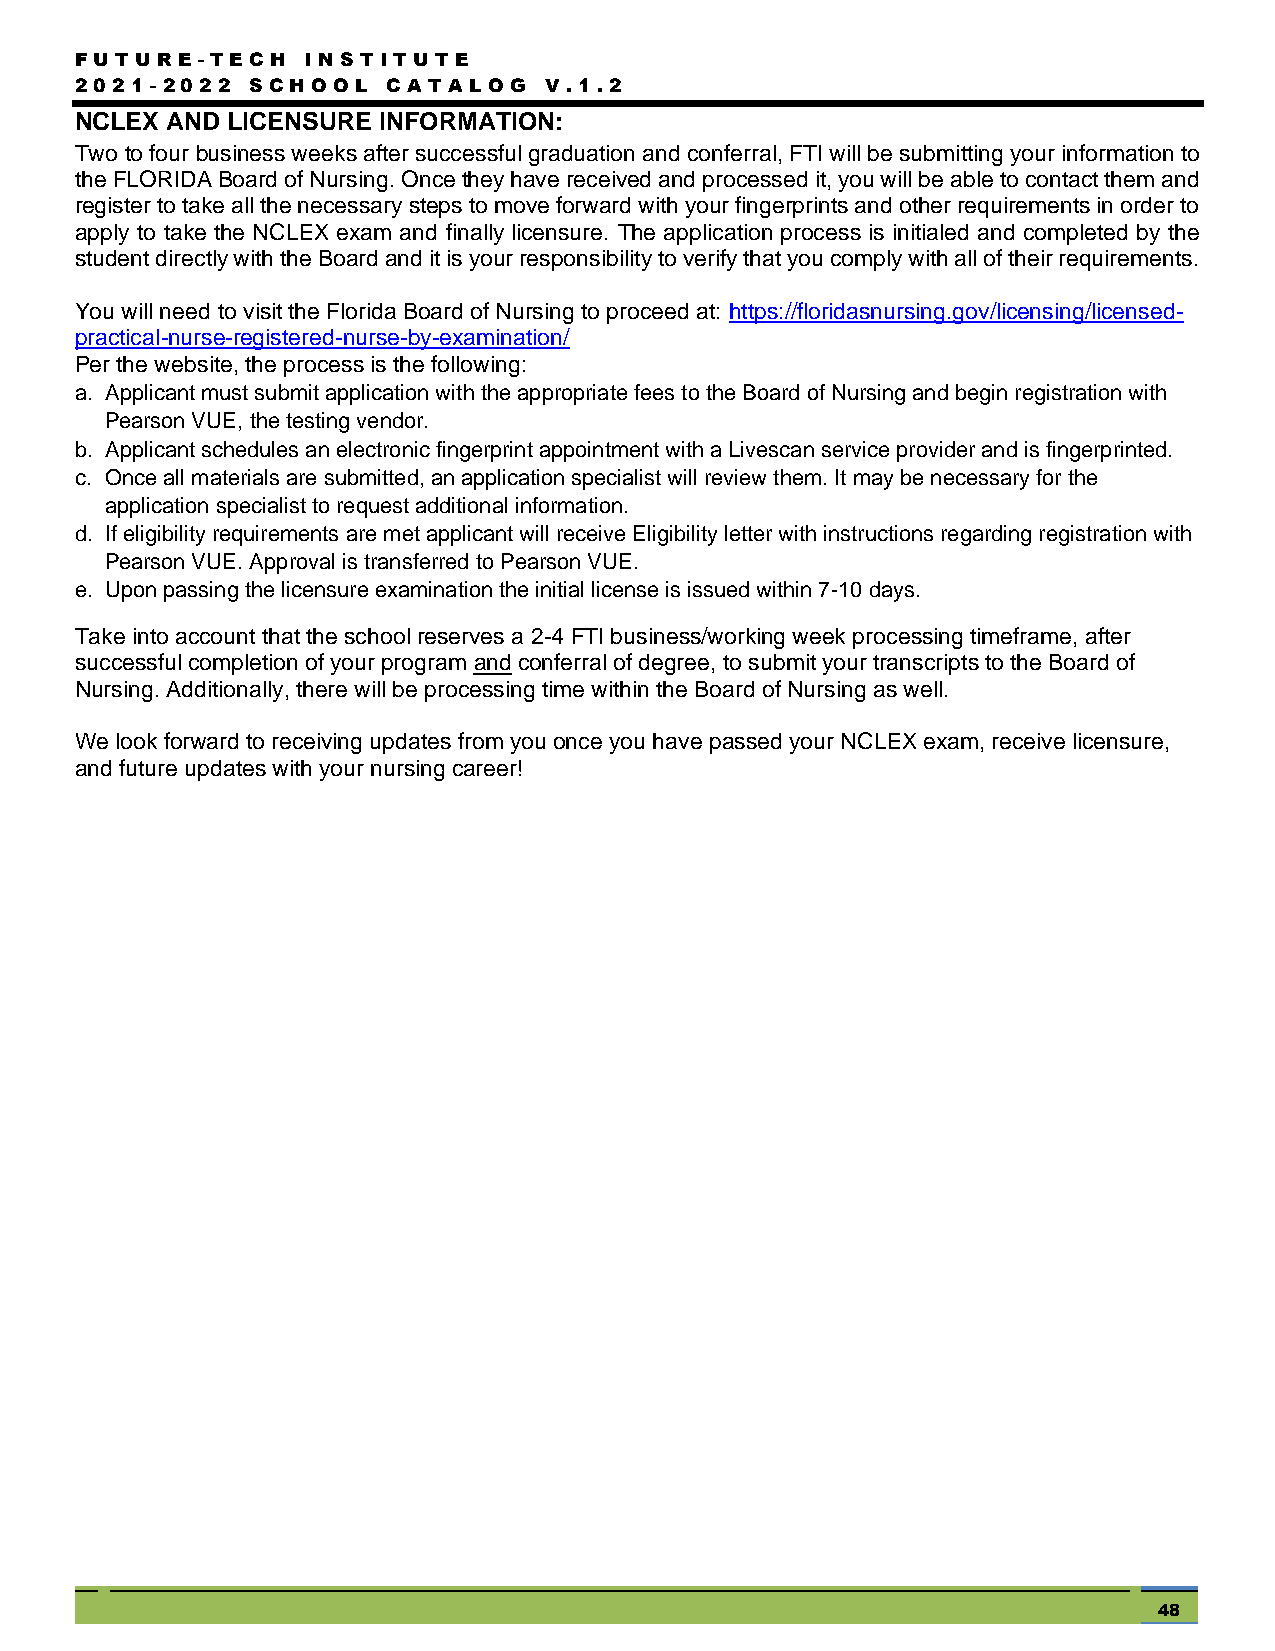
FUTUR  E - TEC H I NSTITU TE
 2021- 2022  SC HOOL  C ATA LOG V .1.2
 NCLEX AND LICENSURE INFORMATION:
 Two to four business weeks after successful graduation and conferral, FTI will be submitting your information to
 the FLORIDA Board of Nursing. Once they have received and processed it, you will be able to contact them and
 register to take all the necessary steps to move forward with your fingerprints and other requirements in order to
 apply to take the NCLEX exam and finally licensure. The application process is initialed and completed by the
 student directly with the Board and it is your responsibility to verify that you comply with all of their requirements.
 You will need to visit the Florida Board of Nursing to proceed at: https://floridasnursing.gov/licensing/licensed-
 practical-nurse-registered-nurse-by-examination/
 Per the website, the process is the following:
 a. Applicant must submit application with the appropriate fees to the Board of Nursing and begin registration with
 Pearson VUE, the testing vendor.
 b. Applicant schedules an electronic fingerprint appointment with a Livescan service provider and is fingerprinted.
 c. Once all materials are submitted, an application specialist will review them. It may be necessary for the
 application specialist to request additional information.
 d. If eligibility requirements are met applicant will receive Eligibility letter with instructions regarding registration with
 Pearson VUE. Approval is transferred to Pearson VUE.
 e. Upon passing the licensure examination the initial license is issued within 7-10 days.
 Take into account that the school reserves a 2-4 FTI business/working week processing timeframe, after
 successful completion of your program and conferral of degree, to submit your transcripts to the Board of
 Nursing. Additionally, there will be processing time within the Board of Nursing as well.
 We look forward to receiving updates from you once you have passed your NCLEX exam, receive licensure,
 and future updates with your nursing career!
 48